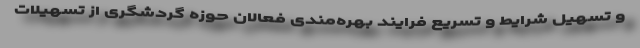
و تسهیل شرایط و تسریع فرایند بهره‌مندی فعالان حوزه گردشگری از تسهیلات